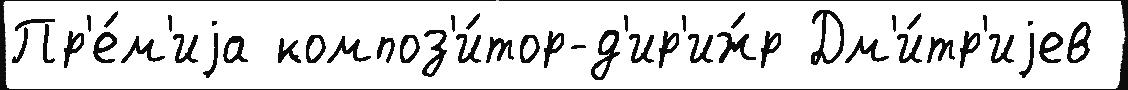
Пр'е́м'иjа композ'и́тор-д'ир'иж́р Дм'и́тр'иjев